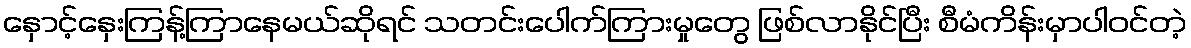
နှောင့်နှေးကြန့်ကြာနေမယ်ဆိုရင် သတင်းပေါက်ကြားမှုတွေ ဖြစ်လာနိုင်ပြီး စီမံကိန်းမှာပါဝင်တဲ့